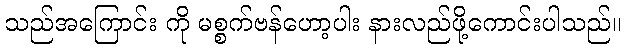
သည်အကြောင်း ကို မစ္စက်ဗန်ဟော့ပါး နားလည်ဖို့ကောင်းပါသည်။